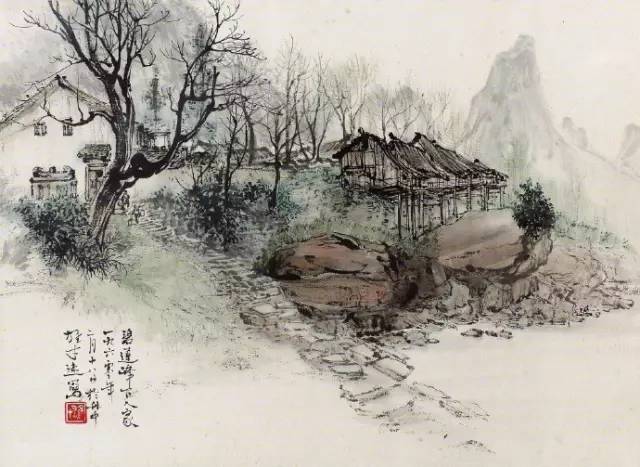
参差连曲陌，迢递送斜晖。